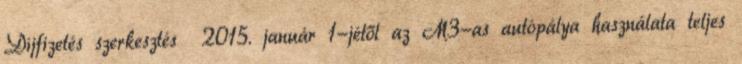
Díjfizetés szerkesztés 2015. január 1-jétől az M3-as autópálya használata teljes